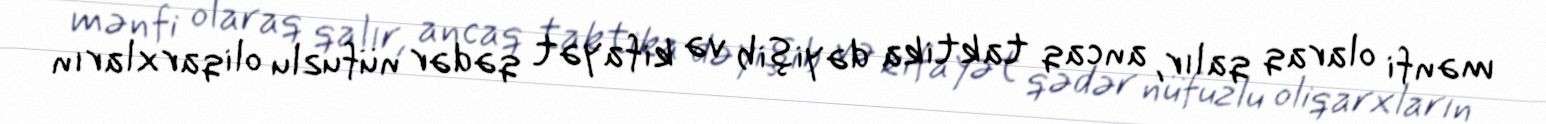
mənfi olaraq qalır, ancaq taktika dəyişib və kifayət qədər nüfuzlu oliqarxların